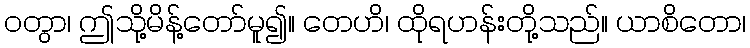
ဝတွာ၊ ဤသို့မိန့်တော်မူ၍။ တေဟိ၊ ထိုရဟန်းတို့သည်။ ယာစိတော၊